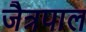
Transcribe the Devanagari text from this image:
जैत्रपाल